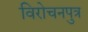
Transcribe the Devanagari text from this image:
विरोचनपुत्र